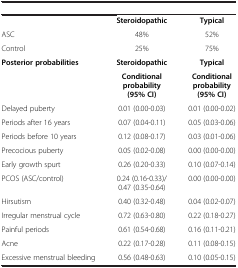
<table><thead><tr><td>[EMPTY_CELL]</td><td colspan="2">[EMPTY_CELL]</td></tr></thead><tbody><tr><td>[EMPTY_CELL]</td><td><b>Steroidopathic</b></td><td><b>Typical</b></td></tr><tr><td>ASC</td><td>48%</td><td>52%</td></tr><tr><td>Control</td><td>25%</td><td>75%</td></tr><tr><td rowspan="2"><b>Posterior probabilities</b></td><td><b>Steroidopathic</b></td><td><b>Typical</b></td></tr><tr><td><b>Conditional probability (95</b><b>% </b><b>CI)</b></td><td><b>Conditional probability (95</b><b>% </b><b>CI)</b></td></tr><tr><td>Delayed puberty</td><td>0.01 (0.00-0.03)</td><td>0.01 (0.00-0.02)</td></tr><tr><td>Periods after 16 years</td><td>0.07 (0.04-0.11)</td><td>0.05 (0.03-0.06)</td></tr><tr><td>Periods before 10 years</td><td>0.12 (0.08-0.17)</td><td>0.03 (0.01-0.06)</td></tr><tr><td>Precocious puberty</td><td>0.05 (0.02-0.08)</td><td>0.00 (0.00-0.00)</td></tr><tr><td>Early growth spurt</td><td>0.26 (0.20-0.33)</td><td>0.10 (0.07-0.14)</td></tr><tr><td>PCOS (ASC/control)</td><td>0.24 (0.16-0.33)/0.47 (0.35-0.64)</td><td>0.00 (0.00-0.00)</td></tr><tr><td>Hirsutism</td><td>0.40 (0.32-0.48)</td><td>0.04 (0.02-0.07)</td></tr><tr><td>Irregular menstrual cycle</td><td>0.72 (0.63-0.80)</td><td>0.22 (0.18-0.27)</td></tr><tr><td>Painful periods</td><td>0.61 (0.54-0.68)</td><td>0.16 (0.11-0.21)</td></tr><tr><td>Acne</td><td>0.22 (0.17-0.28)</td><td>0.11 (0.08-0.15)</td></tr><tr><td>Excessive menstrual bleeding</td><td>0.56 (0.48-0.63)</td><td>0.10 (0.05-0.15)</td></tr></tbody></table>